Annual administration report of the Civil Veterinary Department of India - 1898-1899
Year: 1898
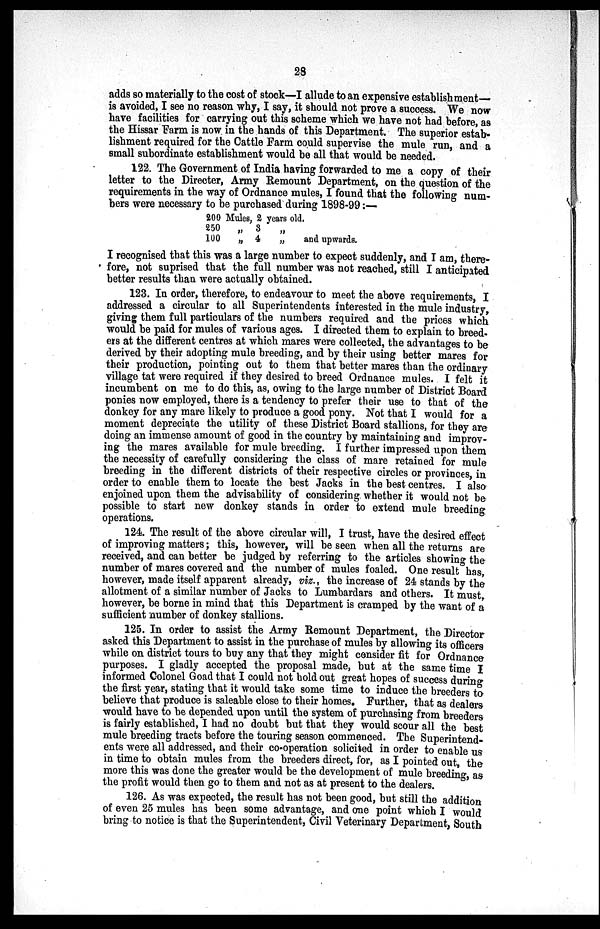
28
adds so materially to the cost of stock—I allude to an expensive establishment—
is avoided, I see no reason why, I say, it should not prove a success. We now
have facilities for carrying out this scheme which we have not had before, as
the Hissar Farm is now in the hands of this Department. The superior estab-
lishment required for the Cattle Farm could supervise the mule run, and a
small subordinate establishment would be all that would be needed.
122. The Government of India having forwarded to me a copy of their
letter to the Directer, Army Remount Department, on the question of the
requirements in the way of Ordnance mules, I found that the following num-
bers were necessary to be purchased during 1898-99:—
200 Mules, 2 years old.
250 „ 3
„
100 „ 4
„
and upwards.
I recognised that this was a large number to expect suddenly, and I am, there-
fore, not suprised that the full number was not reached, still I anticipated
better results than were actually obtained.
123. In order, therefore, to endeavour to meet the above requirements, I
addressed a circular to all Superintendents interested in the mule industry,
giving them full particulars of the numbers required and the prices which
would be paid for mules of various ages. I directed them to explain to breed¬
ers at the different centres at which mares were collected, the advantages to be
derived by their adopting mule breeding, and by their using better mares for
their production, pointing out to them that better mares than the ordinary
village tat were required if they desired to breed Ordnance mules. I felt it
incumbent on me to do this, as, owing to the large number of District Board
ponies now employed, there is a tendency to prefer their use to that of the
donkey for any mare likely to produce a good pony. Not that I would for a
moment depreciate the utility of these District Board stallions, for they are
doing an immense amount of good in the country by maintaining and improv-
ing the mares available for mule breeding. I further impressed upon them
the necessity of carefully considering the class of mare retained for mule
breeding in the different districts of their respective circles or provinces, in
order to enable them to locate the best Jacks in the best centres. I also
enjoined upon them the advisability of considering whether it would not be
possible to start new donkey stands in order to extend mule breeding
operations.
124. The result of the above circular will, I trust, have the desired effect
of improving matters; this, however, will be seen when all the returns are
received, and can better be judged by referring to the articles showing the
number of mares covered and the number of mules foaled. One result has,
however, made itself apparent already, viz., the increase of 24 stands by the
allotment of a similar number of Jacks to Lumbardars and others. It must,
however, be borne in mind that this Department is cramped by the want of a
sufficient number of donkey stallions.
125. In order to assist the Army Remount Department, the Director
asked this Department to assist in the purchase of mules by allowing its officers
while on district tours to buy any that they might consider fit for Ordnance
purposes. I gladly accepted the proposal made, but at the same time I
informed Colonel Goad that I could not hold out great hopes of success during
the first year, stating that it would take some time to induce the breeders to
believe that produce is saleable close to their homes. Further, that as dealers
would have to be depended upon until the system of purchasing from breeders
is fairly established, I had no doubt but that they would scour all the best
mule breeding tracts before the touring season commenced. The Superintend-
ents were all addressed, and their co-operation solicited in order to enable us
in time to obtain mules from the breeders direct, for, as I pointed out, the
more this was done the greater would be the development of mule breeding, as
the profit would then go to them and not as at present to the dealers.
126. As was expected, the result has not been good, but still the addition
of even 25 mules has been some advantage, and one point which I would
bring to notice is that the Superintendent, Civil Veterinary Department, South